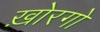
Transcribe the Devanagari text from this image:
ख़ोरगो